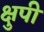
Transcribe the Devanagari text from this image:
क्षुपी